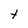
Character: t